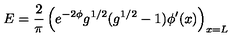
E = { \frac { 2 } { \pi } } \left( e ^ { - 2 \phi } g ^ { 1 / 2 } ( g ^ { 1 / 2 } - 1 ) \phi ^ { \prime } ( x ) \right) _ { x = L }